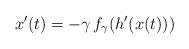
LaTeX: \begin{align*} x'(t)=- \gamma\,f_\gamma(h^\prime(x(t)))\end{align*}